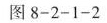
图8-2-1-2